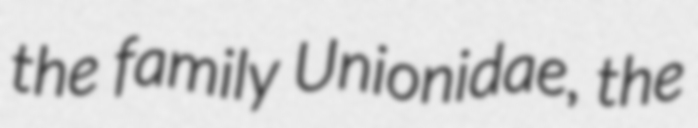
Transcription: the family Unionidae, the